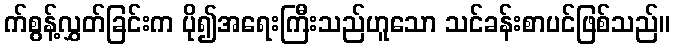
က်စွန့်လွှတ်ခြင်းက ပို၍အရေးကြီးသည်ဟူသော သင်ခန်းစာပင်ဖြစ်သည်။